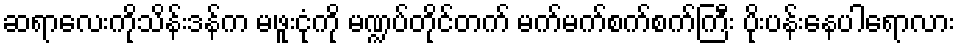
ဆရာလေးကိုသိန်းဒန်က မဖူးငုံကို မဏ္ဍပ်တိုင်တက် မက်မက်စက်စက်ကြီး ပိုးပန်းနေပါရောလား